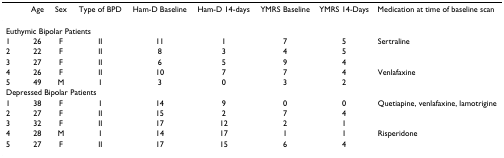
<table><thead><tr><td></td><td><b>Age</b></td><td><b>Sex</b></td><td><b>Type of BPD</b></td><td><b>Ham-D Baseline</b></td><td><b>Ham-D 14-days</b></td><td><b>YMRS Baseline</b></td><td><b>YMRS 14-Days</b></td><td><b>Medication at time of baseline scan</b></td></tr></thead><tbody><tr><td colspan="9">Euthymic Bipolar Patients</td></tr><tr><td>1</td><td>26</td><td>F</td><td>II</td><td>11</td><td>1</td><td>7</td><td>5</td><td>Sertraline</td></tr><tr><td>2</td><td>22</td><td>F</td><td>II</td><td>8</td><td>3</td><td>4</td><td>5</td><td></td></tr><tr><td>3</td><td>27</td><td>F</td><td>II</td><td>6</td><td>5</td><td>9</td><td>4</td><td></td></tr><tr><td>4</td><td>26</td><td>F</td><td>II</td><td>10</td><td>7</td><td>7</td><td>4</td><td>Venlafaxine</td></tr><tr><td>5</td><td>49</td><td>M</td><td>I</td><td>3</td><td>0</td><td>3</td><td>2</td><td></td></tr><tr><td colspan="9">Depressed Bipolar Patients</td></tr><tr><td>1</td><td>38</td><td>F</td><td>I</td><td>14</td><td>9</td><td>0</td><td>0</td><td>Quetiapine, venlafaxine, lamotrigine</td></tr><tr><td>2</td><td>27</td><td>F</td><td>II</td><td>15</td><td>2</td><td>7</td><td>4</td><td></td></tr><tr><td>3</td><td>32</td><td>F</td><td>II</td><td>17</td><td>12</td><td>2</td><td>1</td><td></td></tr><tr><td>4</td><td>28</td><td>M</td><td>I</td><td>14</td><td>17</td><td>1</td><td>1</td><td>Risperidone</td></tr><tr><td>5</td><td>27</td><td>F</td><td>II</td><td>17</td><td>15</td><td>6</td><td>4</td><td></td></tr></tbody></table>